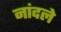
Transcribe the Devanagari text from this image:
नांदले